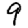
Digit: 9